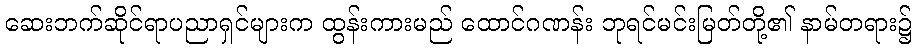
ဆေးဘက်ဆိုင်ရာပညာရှင်များက ထွန်းကားမည် ထောင်ဂဏန်း ဘုရင်မင်းမြတ်တို့၏ နာမ်တရား၌